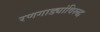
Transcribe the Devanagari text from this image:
रणगाड्यांविरुद्ध